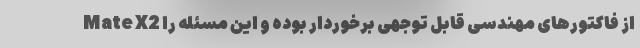
Mate X2 از فاکتورهای مهندسی قابل توجهی برخوردار بوده و این مسئله را